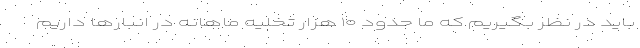
باید در نظر بگیریم که ما حدود ۱۰ هزار تخلیه ماهانه در انبارها داریم